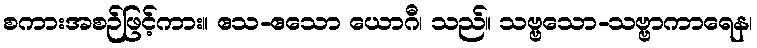
စကားအစဉ်ဖြင့်ကား။ ဧသ-ဧသော ယောဂီ၊ သည်။ သဗ္ဗသော-သဗ္ဗာကာရေန၊